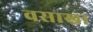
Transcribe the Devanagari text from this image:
वसाखा